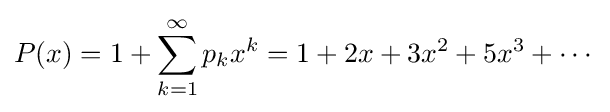
P(x)=1+\sum _{k=1}^{\infty }{p_{k}x^{k}}=1+2x+3x^{2}+5x^{3}+\cdots